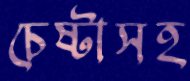
চেষ্টাসহ